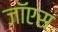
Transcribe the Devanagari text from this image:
जॉएस